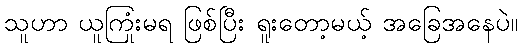
သူဟာ ယူကြုံးမရ ဖြစ်ပြီး ရူးတော့မယ့် အခြေအနေပဲ။